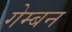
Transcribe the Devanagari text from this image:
गेम्बन